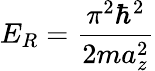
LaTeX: E_{R}=\frac{\pi^{2}\hbar^{2}}{2ma_{z}^{2}}